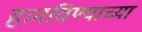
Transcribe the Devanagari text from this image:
हलविण्याच्या